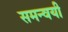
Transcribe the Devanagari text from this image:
समन्वयी